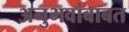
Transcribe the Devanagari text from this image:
अनुभवांबाबत